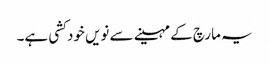
یہ مارچ کے مہینے سے نویں خود کشی ہے۔